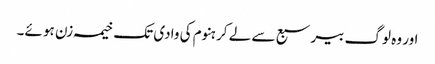
اور وہ لوگ بیر سبع سے لے کر ہنوم کی وادی تک خیمہ زن ہو ئے۔